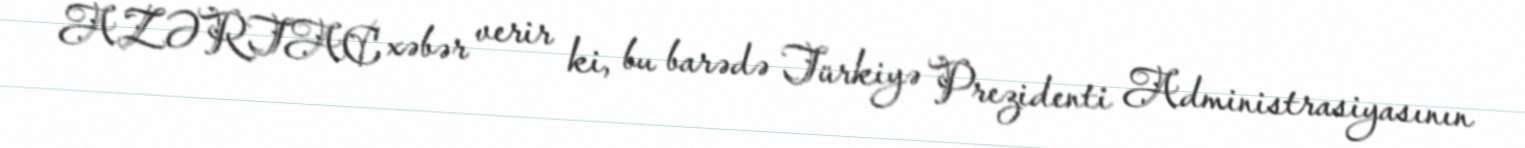
AZƏRTAC xəbər verir ki, bu barədə Türkiyə Prezidenti Administrasiyasının